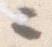
々